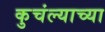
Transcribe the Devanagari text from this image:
कुचंल्याच्या